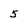
Character: 5